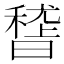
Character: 𥡳